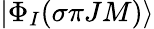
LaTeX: |\Phi_{I}(\sigma{\pi}JM)\rangle